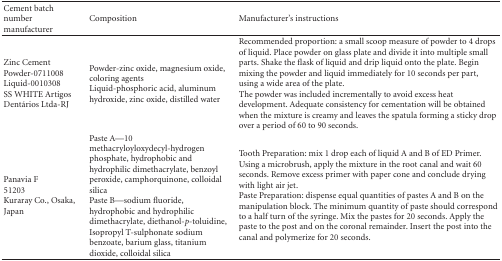
<table><thead><tr><td><b> Cement batch number manufacturer</b></td><td><b>Composition</b></td><td><b>Manufacturer&#x27;s instructions</b></td></tr></thead><tbody><tr><td> Zinc Cement Powder-0711008 Liquid-0010308 SS WHITE Artigos Dentários Ltda-RJ</td><td>Powder-zinc oxide, magnesium oxide, coloring agents Liquid-phosphoric acid, aluminum hydroxide, zinc oxide, distilled water</td><td>Recommended proportion: a small scoop measure of powder to 4 drops of liquid. Place powder on glass plate and divide it into multiple small parts. Shake the flask of liquid and drip liquid onto the plate. Begin mixing the powder and liquid immediately for 10 seconds per part, using a wide area of the plate.The powder was included incrementally to avoid excess heat development. Adequate consistency for cementation will be obtained when the mixture is creamy and leaves the spatula forming a sticky drop over a period of 60 to 90 seconds.</td></tr><tr><td>Panavia F51203Kuraray Co., Osaka, Japan</td><td>Paste A—10 methacryloyloxydecyl-hydrogen phosphate, hydrophobic and hydrophilic dimethacrylate, benzoyl peroxide, camphorquinone, colloidal silica Paste B—sodium fluoride, hydrophobic and hydrophilic dimethacrylate, diethanol-<i>p</i>-toluidine, Isopropyl T-sulphonate sodium benzoate, barium glass, titanium dioxide, colloidal silica</td><td>Tooth Preparation: mix 1 drop each of liquid A and B of ED Primer. Using a microbrush, apply the mixture in the root canal and wait 60 seconds. Remove excess primer with paper cone and conclude drying with light air jet.Paste Preparation: dispense equal quantities of pastes A and B on the manipulation block. The minimum quantity of paste should correspond to a half turn of the syringe. Mix the pastes for 20 seconds. Apply the paste to the post and on the coronal remainder. Insert the post into the canal and polymerize for 20 seconds.</td></tr></tbody></table>